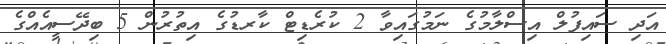
އަދި ސައިފުލް އިސްލާމުގެ ނަމުގައިވާ 2 ކުރެޑިޓް ކާރޑުގެ އިތުރުން 5 ބިދޭސީއެއްގެ